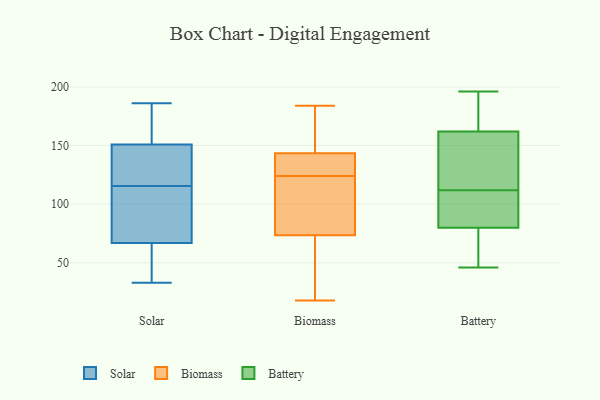
{"axis": {"x": "Backlog", "y": "Value"}, "legend": ["Battery", "Biomass", "Solar"], "data": [{"x": "", "y": 123, "type": "Solar"}, {"x": "", "y": 33, "type": "Solar"}, {"x": "", "y": 108, "type": "Solar"}, {"x": "", "y": 68, "type": "Solar"}, {"x": "", "y": 153, "type": "Solar"}, {"x": "", "y": 148, "type": "Solar"}, {"x": "", "y": 97, "type": "Solar"}, {"x": "", "y": 67, "type": "Solar"}, {"x": "", "y": 151, "type": "Solar"}, {"x": "", "y": 186, "type": "Solar"}, {"x": "", "y": 155, "type": "Solar"}, {"x": "", "y": 42, "type": "Solar"}, {"x": "", "y": 131, "type": "Solar"}, {"x": "", "y": 51, "type": "Solar"}, {"x": "", "y": 18, "type": "Biomass"}, {"x": "", "y": 133, "type": "Biomass"}, {"x": "", "y": 138, "type": "Biomass"}, {"x": "", "y": 24, "type": "Biomass"}, {"x": "", "y": 153, "type": "Biomass"}, {"x": "", "y": 179, "type": "Biomass"}, {"x": "", "y": 73, "type": "Biomass"}, {"x": "", "y": 122, "type": "Biomass"}, {"x": "", "y": 105, "type": "Biomass"}, {"x": "", "y": 36, "type": "Biomass"}, {"x": "", "y": 74, "type": "Biomass"}, {"x": "", "y": 161, "type": "Biomass"}, {"x": "", "y": 145, "type": "Biomass"}, {"x": "", "y": 131, "type": "Biomass"}, {"x": "", "y": 126, "type": "Biomass"}, {"x": "", "y": 110, "type": "Biomass"}, {"x": "", "y": 142, "type": "Biomass"}, {"x": "", "y": 78, "type": "Biomass"}, {"x": "", "y": 66, "type": "Biomass"}, {"x": "", "y": 184, "type": "Biomass"}, {"x": "", "y": 136, "type": "Battery"}, {"x": "", "y": 190, "type": "Battery"}, {"x": "", "y": 83, "type": "Battery"}, {"x": "", "y": 164, "type": "Battery"}, {"x": "", "y": 176, "type": "Battery"}, {"x": "", "y": 68, "type": "Battery"}, {"x": "", "y": 196, "type": "Battery"}, {"x": "", "y": 97, "type": "Battery"}, {"x": "", "y": 107, "type": "Battery"}, {"x": "", "y": 48, "type": "Battery"}, {"x": "", "y": 46, "type": "Battery"}, {"x": "", "y": 80, "type": "Battery"}, {"x": "", "y": 80, "type": "Battery"}, {"x": "", "y": 170, "type": "Battery"}, {"x": "", "y": 125, "type": "Battery"}, {"x": "", "y": 60, "type": "Battery"}, {"x": "", "y": 112, "type": "Battery"}, {"x": "", "y": 156, "type": "Battery"}, {"x": "", "y": 118, "type": "Battery"}]}